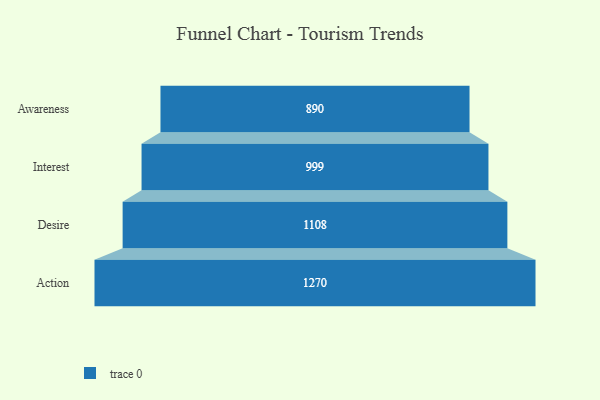
{"axis": {"x": "Stage", "y": "Value"}, "legend": [""], "data": [{"x": "Awareness", "y": 890.0, "type": ""}, {"x": "Interest", "y": 999.0, "type": ""}, {"x": "Desire", "y": 1108.0, "type": ""}, {"x": "Action", "y": 1270.0, "type": ""}]}